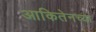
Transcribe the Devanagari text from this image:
आकितेनच्या